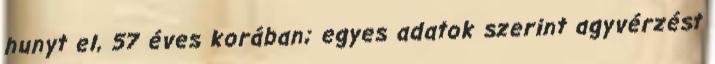
hunyt el, 57 éves korában; egyes adatok szerint agyvérzést